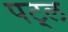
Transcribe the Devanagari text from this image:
पट्ल